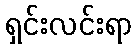
ရှင်းလင်းရာ